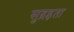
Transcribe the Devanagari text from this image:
सुद्रड़ता